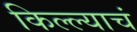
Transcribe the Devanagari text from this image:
किल्ल्याचं